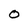
Character: 0